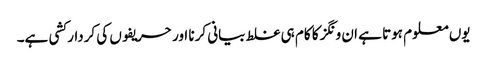
یوں معلوم ہوتا ہے ان ونگز کا کام ہی غلط بیانی کرنا اور حریفوں کی کردار کشی ہے۔